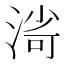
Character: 𣸌